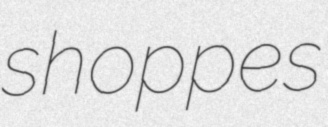
shoppes